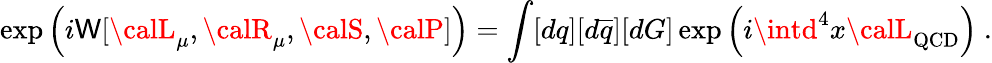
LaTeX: \exp\left(i\mathsf{W}[{\calL}_{\mu},{\calR}_{\mu},{\calS},{\calP}]\right)=\int[dq][d\overline{{{{q}}}}][dG]\exp\left(i\intd^{4}x{\calL}_{\mathrm{{QCD}}}\right)\ .